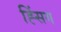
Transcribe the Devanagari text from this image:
ह्सिंग